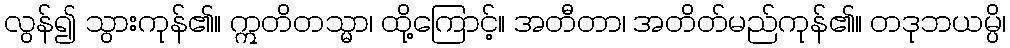
လွန်၍ သွားကုန်၏။ ဣတိတသ္မာ၊ ထို့ကြောင့်။ အတီတာ၊ အတိတ်မည်ကုန်၏။ တဒုဘယမ္ပိ၊